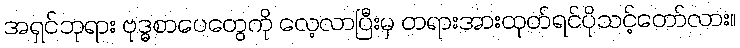
အရှင်ဘုရား ဗုဒ္ဓစာပေတွေကို လေ့လာပြီးမှ တရားအားထုတ်ရင်ပိုသင့်တော်လား။